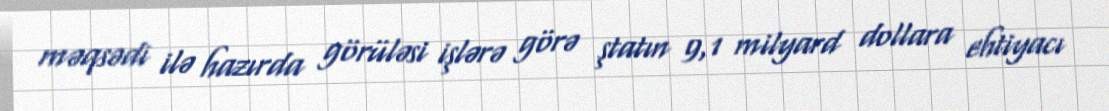
məqsədi ilə hazırda görüləsi işlərə görə ştatın 9,1 milyard dollara ehtiyacı